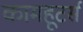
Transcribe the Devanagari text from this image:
कामहूटर्स